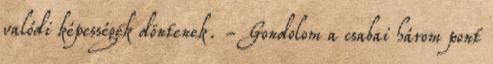
valódi képességek döntenek. - Gondolom a csabai három pont